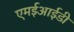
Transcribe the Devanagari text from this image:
एमईआईडी